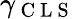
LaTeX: \gamma_{\mathrm{~C~L~S~}}